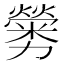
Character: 𠣁